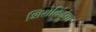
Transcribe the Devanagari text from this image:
शिरोबिंदुंचा